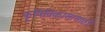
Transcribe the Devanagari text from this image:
कॄषिविकासासाठी